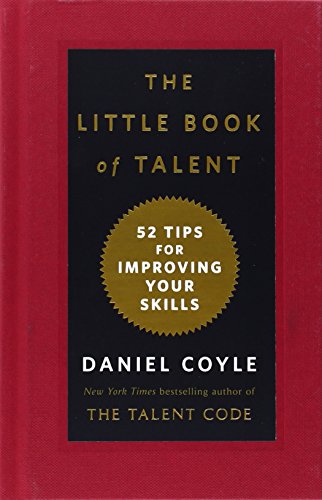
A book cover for The Little Book of Talent: 52 Tips for Improving Your Skills; Daniel Coyle; Health, Fitness & Dieting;